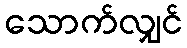
သောက်လျှင်